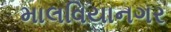
માલવિયાનગર